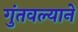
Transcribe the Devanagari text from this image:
गुंतवल्याने